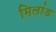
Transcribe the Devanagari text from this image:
मिलांड